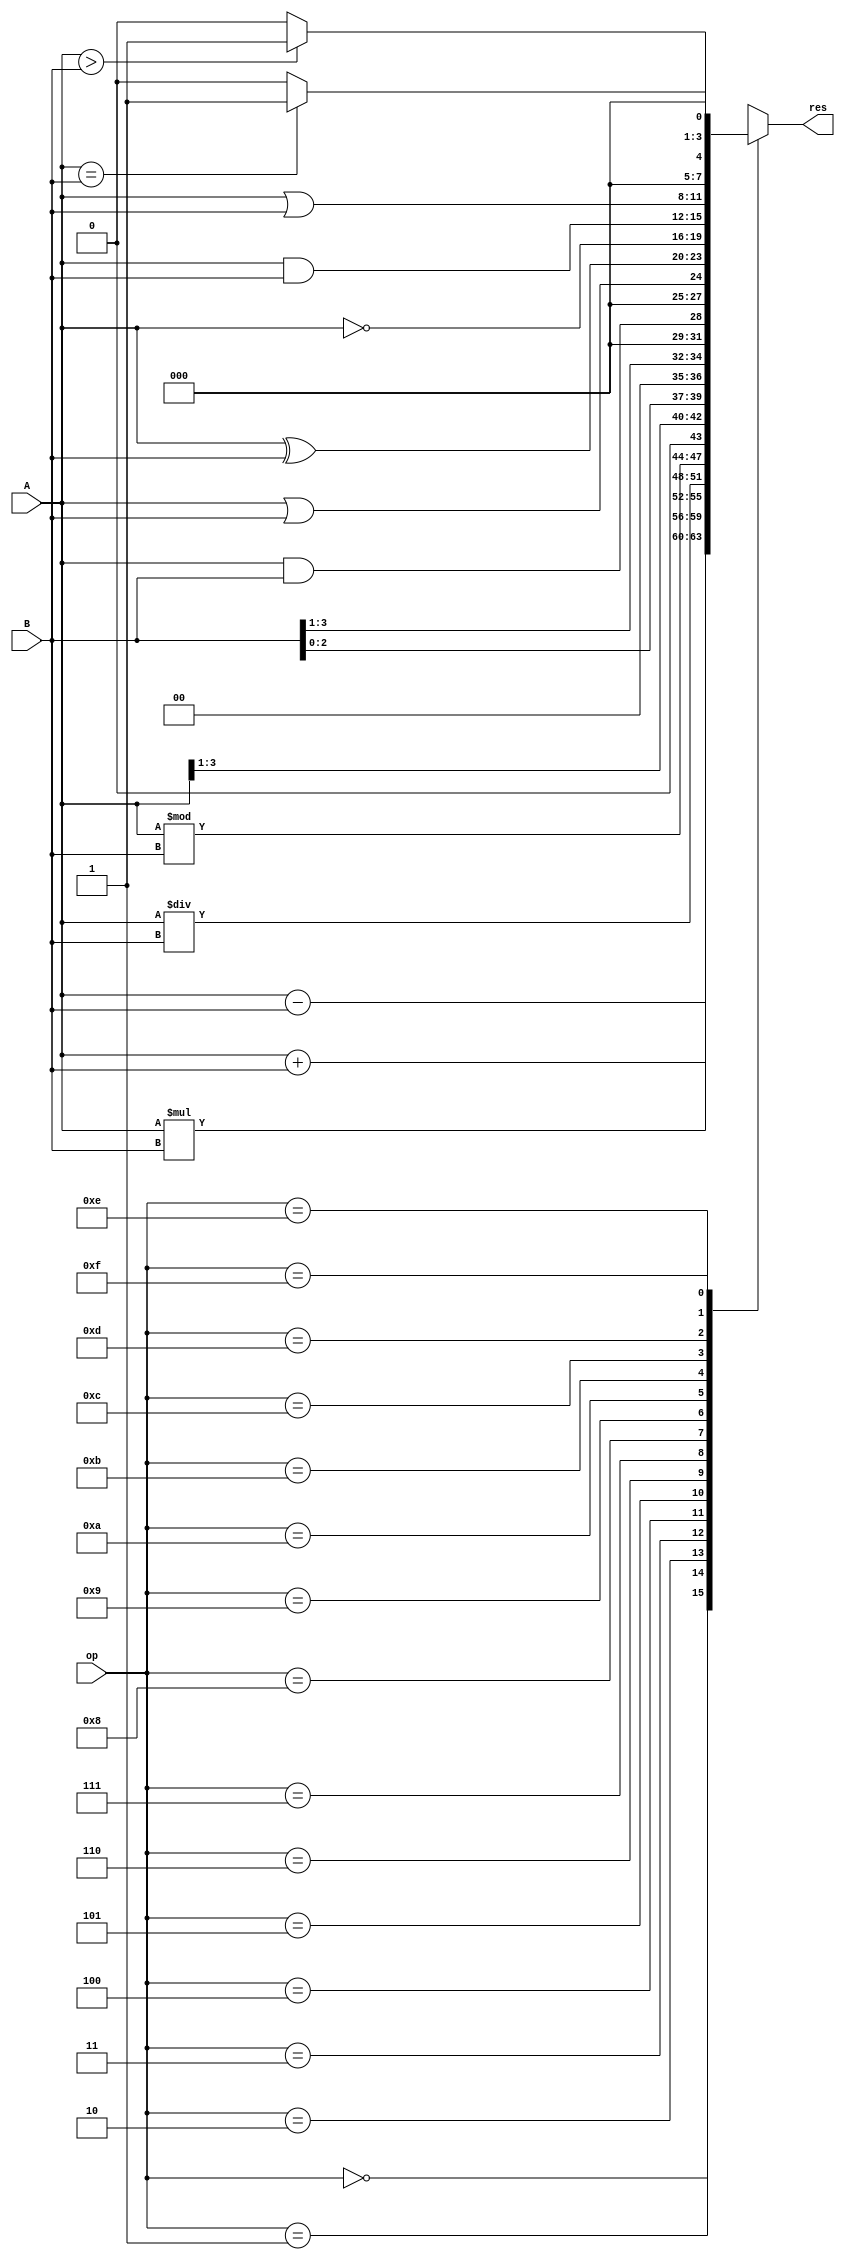
`timescale 1ns / 1ps
//////////////////////////////////////////////////////////////////////////////////
// Company: 
// Engineer: 
// 
// Design Name: 
// Module Name:    alu_8bit 
// Project Name: 
// Target Devices: 
// Tool versions: 
// Description: 
//
// Dependencies: 
//
// Revision: 
// Revision 0.01 - File Created
// Additional Comments: 
//
//////////////////////////////////////////////////////////////////////////////////
module alu_8bit(res,op,A,B);
input [3:0] A,B;
input [3:0] op;

output[3:0] res;
reg[3:0] res;

always@(op,A,B)
begin
case(op)
	4'b0000 : res = A + B;
	4'b0001 : res = A - B;
   4'b0010 : res = A * B;
	4'b0011 : res = A / B;
	4'b0100 : res = A%B;
	4'b0101 : res = A >> 1;
	4'b0110 : res = B << 1;
	4'b0111 : res = B >> 1;
	4'b1000 : res = A&&B;
	4'b1001 : res = A||B;
	4'b1010 : res = A^B;
	4'b1011 : res = ~A;
	4'b1100 : res = A&B;
	4'b1101 : res = A|B;
	4'b1110 : res = A>B?1:0;
   4'b1111 : res = A==B?1:0;
endcase	
end
endmodule